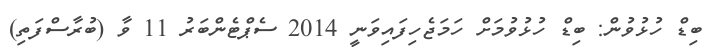
ބިޑް ހުޅުވުން: ބިޑް ހުޅުވުމަށް ހަމަޖެހިފައިވަނީ 2014 ސެޕްޓެންބަރު 11 ވާ (ބުރާސްފަތި)